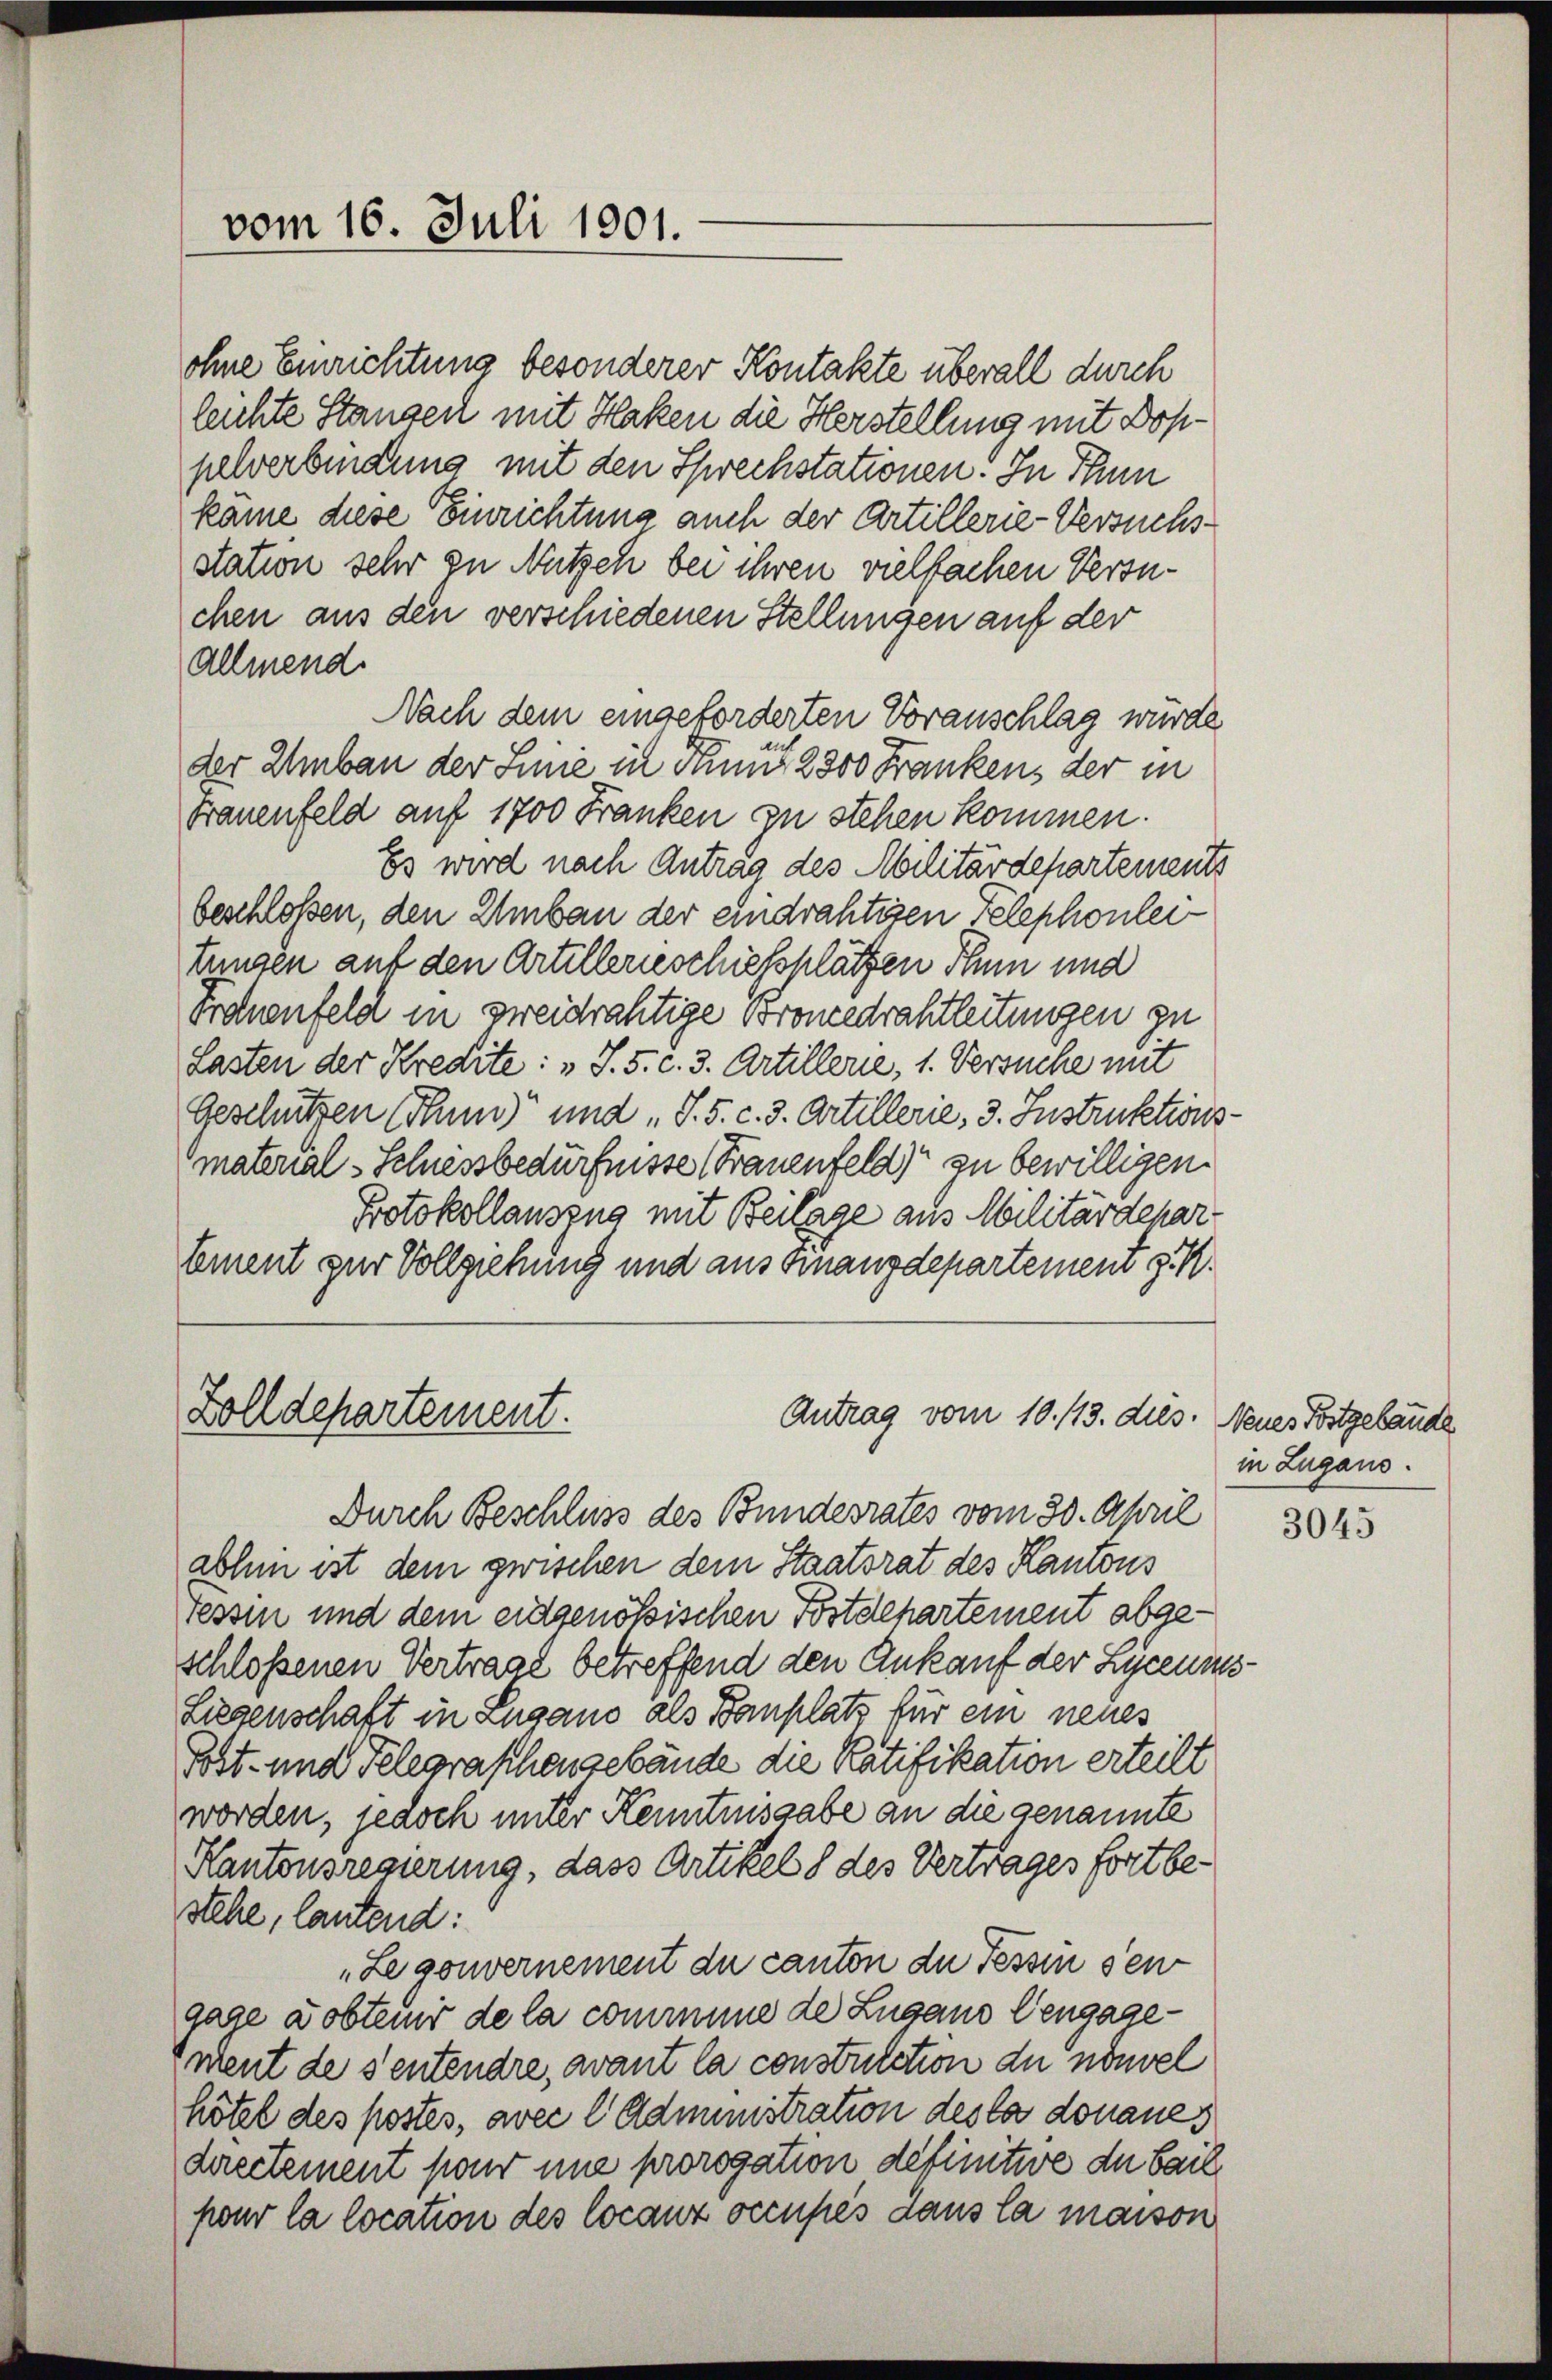
vom 16. Juli 1901.

ohne Einrichtung besonderer Kontakte überall durch
leichte Standen mit Haken die Herstellung mit Doppelverbindung mit den Sprechstationen. In Thun
käme diese Einrichtung auch der Artillerie-Versuchsstation sehr zu Nutzeh bei ihren vielfachen Versuchen aus den verschiedenen Stellungen auf der
allmend
Nach dem eingeforderten Voranschlag würde
der Umbau der Linie in Finnt. 2300 Frankens der in
Frauenfeld auf 1700 Franken zu stehen kommen.
Es wird nach Antrag des Militärdepartements
beschloßen, den Umbau der eindrahtiren Telephonleitungen auf den Artillerieschiesshlätzen Thun und
Trauenfeld in zweidrähtige Broncedrahtleitungen zu
Lasten der Kredite: „J. 5. c. 3. Artillerie, 1. Versuche mit
Geschützen Thun und „S.5. c. 3. Artillerie, 3. Instruktions
material-Schiessbedürfnisse (Frauenfeld) zu bewilligen.
Protokollauszug mit Beilage aus Militärdepar
Cement zur Vollziehung und aus Finanzdepartement J. K.
Zolldepartement.
Antrag vom 10. 113. dies. Neues Postgelande
Durch Beschluss des Bundesrates vom 30. April
abhen ist dem zwischen dem Staatsrat des Kantons
Tessin und dem eidgenößischen Postdepartement abgeschloßenen Vertrage betreffend den Ankauf der Licens
Liegenschaft in Lugano als Bauplatz für ein neues
Post- und Telegraschengebäude die Ratifikation erteilt
worden, jedoch unter Kenntnisgabe an die genannte
Kantonsregierung, dass Artikel 8 des Vertrages fortbesehe, lautend:
„Legouvernement du canton der Tessin sei
gage Dobtenir de la commune de Lugano Gengage¬
Ement de sentendre, avant la constulation du nouvel
hötze des postes, avec l Administration des la donaues
directement pour une prorogation definitive du bail
pour la location des locanz occupés dans la maison

in Lugans.

3045